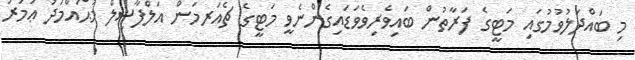
މި ބައްދަލުވުމުގައި މަޓީގެ ފަރާތުން ބައިވެރިވެވަޑައިގެންނެވީ މަޓީގެ ޗެއަރމަން އަލްފާޟިލް މުޙައްމަދު ޢުމަރު